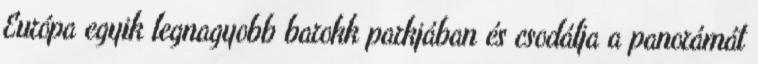
Európa egyik legnagyobb barokk parkjában és csodálja a panorámát